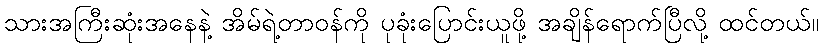
သားအကြီးဆုံးအနေနဲ့ အိမ်ရဲ့တာဝန်ကို ပုခုံးပြောင်းယူဖို့ အချိန်ရောက်ပြီလို့ ထင်တယ်။